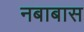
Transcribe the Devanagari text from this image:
नबाबास